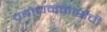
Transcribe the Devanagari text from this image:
प्रबोधनकारांची